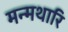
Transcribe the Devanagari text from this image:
मन्मथारि